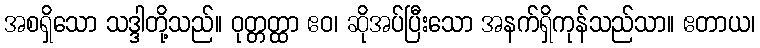
အစရှိသော သဒ္ဒါတို့သည်။ ဝုတ္တတ္ထာ ဧဝ၊ ဆိုအပ်ပြီးသော အနက်ရှိကုန်သည်သာ။ ဧတာယ၊